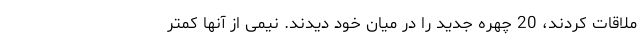
ملاقات کردند، 20 چهره جدید را در میان خود دیدند. نیمی از آنها کمتر